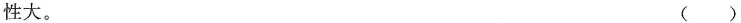
性大。 ()